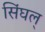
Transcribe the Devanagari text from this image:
सिंघल्